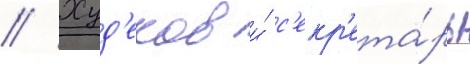
// Худ'еков и́ с'екр'ета́рь